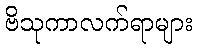
ဗိသုကာလက်ရာများ